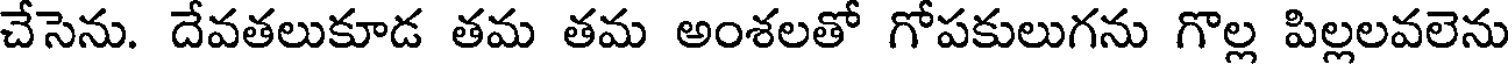
చేసెను. దేవతలుకూడ తమ తమ అంశలతో గోపకులుగను గొల్ల పిల్లలవలెను